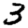
Digit: 3